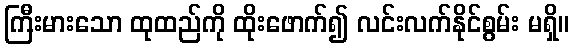
ကြီးမားသော ထုထည်ကို ထိုးဖောက်၍ လင်းလက်နိုင်စွမ်း မရှိ။